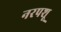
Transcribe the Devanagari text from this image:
नरपशू